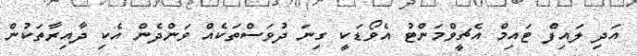
އަދި ލައިފް ޓައިމް އެޗީވްމަންޓު އެވޯޑަކީ ގިނަ ދުވަސްތަކެއް ވަންދެން އެކި ދާއިރާތަކުން